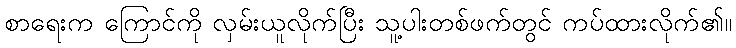
စာရေးက ကြောင်ကို လှမ်းယူလိုက်ပြီး သူ့ပါးတစ်ဖက်တွင် ကပ်ထားလိုက်၏။